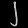
Digit: ၂